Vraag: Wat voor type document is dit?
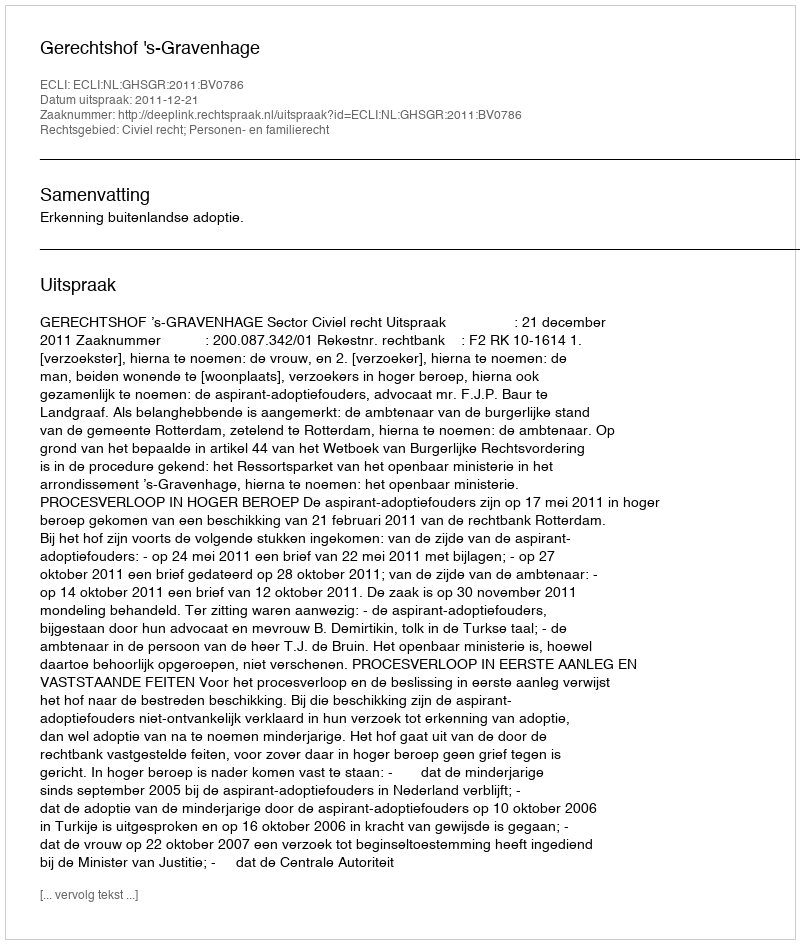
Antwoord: Uitspraak